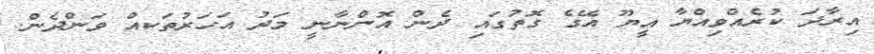
އިރާދަ ކުރެއްވިއްޔާ އީޔޫ އޭގެ ގޮތުގައި ދެން އޮންނާނީ މަދު އަހަރުތަކއް ވަންދެން.